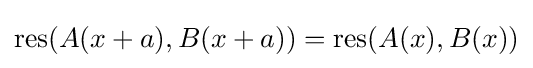
\operatorname {res} (A(x+a),B(x+a))=\operatorname {res} (A(x),B(x))